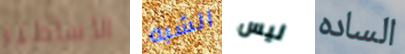
الأساطير الشبه ليس الساده